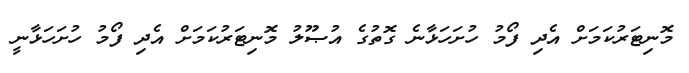
މޮނިޓަރުކަމަށް އެދި ފޯމު ހުށަހަޅާނެ ގޮތުގެ އުޞޫލު މޮނިޓަރުކަމަށް އެދި ފޯމު ހުށަހަޅާނީ